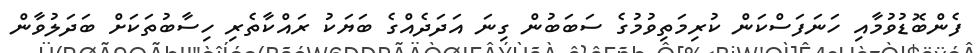
ފެންބޮޑުވުމާއި ހަނަފަސްކަން ކުރިމަތިވުމުގެ ސަބަބުން ގިނަ އަދަދެއްގެ ބަޔަކު ރައްކާތެރި ހިސާބުތަކަށް ބަދަލުވާން